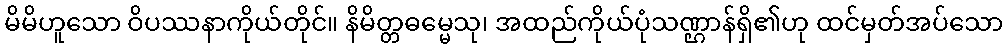
မိမိဟူသော ဝိပဿနာကိုယ်တိုင်။ နိမိတ္တဓမ္မေသု၊ အထည်ကိုယ်ပုံသဏ္ဌာန်ရှိ၏ဟု ထင်မှတ်အပ်သော